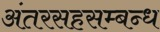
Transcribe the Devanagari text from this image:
अंतरसहसम्बन्ध